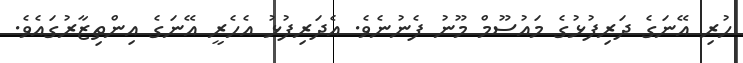
ހުރި އޭނަގެ ދަރިފުޅުގެ މައުސޫމް މޫނު ފެނުނެވެ. އެދަރިފުޅު އެހެރީ އޭނަގެ އިންތިޒާރުގައެވެ.